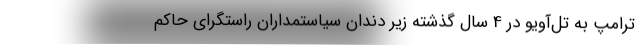
ترامپ به تل‌آویو در 4 سال گذشته زیر دندان سیاستمداران راستگرای حاکم